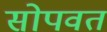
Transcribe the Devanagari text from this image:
सोपवत